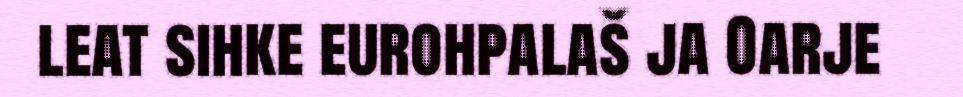
leat sihke eurohpalaš ja Oarje